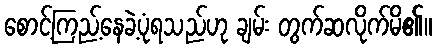
စောင့်ကြည့်နေခဲ့ပုံရသည်ဟု ချမ်း တွက်ဆလိုက်မိ၏။